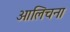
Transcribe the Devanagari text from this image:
आलिचना